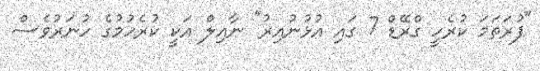
"ފުރަތަމަ ކުރެހީ ގްރޭޑް 7 ގައި އުޅުނުއިރު" ނާއިލް އަކީ ކުރެހުމުގެ ހުނަރުވެސް